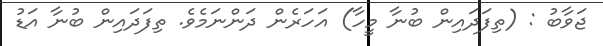
ޖަވާބު : (ތިފަދައިން ބުނާ މީހާ) އަހަރެން ދަންނަމެވެ. ތިފަދައިން ބުނާ އަޑު